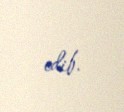
edib.